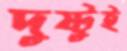
দুষ্টুই